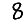
Digit: 8